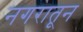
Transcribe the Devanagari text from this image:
नगरातून